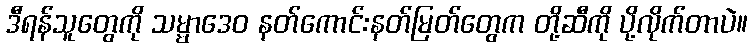
ဒီရန်သူတွေကို သမ္မာဒေဝ နတ်ကောင်းနတ်မြတ်တွေက တို့ဆီကို ပို့လိုက်တာပဲ။